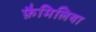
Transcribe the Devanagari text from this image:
फ़ैमिलिया